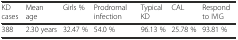
<table><thead><tr><td><b>KD cases</b></td><td><b>Mean age</b></td><td><b>Girls %</b></td><td><b>Prodromal infection</b></td><td><b>Typical KD</b></td><td><b>CAL</b></td><td><b>Respond to IVIG</b></td></tr></thead><tbody><tr><td>388</td><td>2.30 years</td><td>32.47 %</td><td>54.0 %</td><td>96.13 %</td><td>25.78 %</td><td>93.81 %</td></tr></tbody></table>